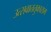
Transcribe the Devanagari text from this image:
उत्सवाततुकाराम